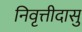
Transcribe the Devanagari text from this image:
निवृत्तीदासु